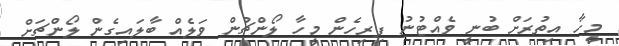
މީހާ އިތުރަށް ބުނީ ވެއްޓުނު ފިރިހެން މީހާ ލޯންޗުން ވަލެއް ބާލައިގެން ލޯންޗަށް